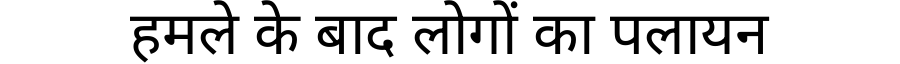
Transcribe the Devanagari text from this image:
हमले के बाद लोगों का पलायन